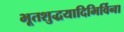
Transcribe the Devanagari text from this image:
भूतशुद्धयादिभिर्विना